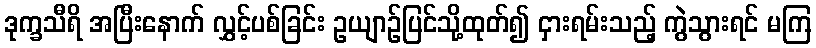
ဒုက္ခသီရိ အပြီးနောက် လွှင့်ပစ်ခြင်း ဥယျာဉ်ပြင်သို့ထုတ်၍ ငှားရမ်းသည့် ကွဲသွားရင် မကြ